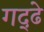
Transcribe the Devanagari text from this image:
गद्ढे